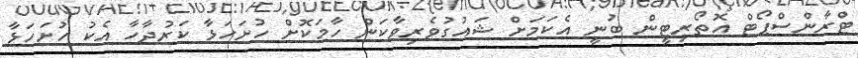
ޓްރާންސްޕޯޓް އޮތޯރިޓީން ބުނީ އެކަމަށް ޝައުގުވެރިވާކަން ހާމަކޮށް ހުށަހަޅާ ކަރުދާހާ އެކު ހުށަހަޅާ